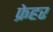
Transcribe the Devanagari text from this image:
फ्रेहर